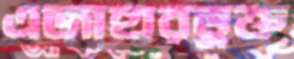
এজাহারভুক্ত